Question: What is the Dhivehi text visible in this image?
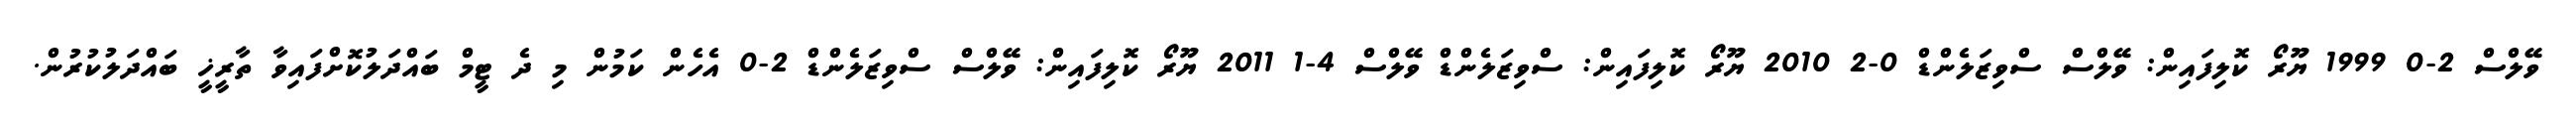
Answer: ވޭލްސް 2-0 1999 ޔޫރޯ ކޮލިފައިން: ވޭލްސް ސްވިޒަލެންޑް 0-2 2010 ޔޫރޯ ކޮލިފައިން: ސްވިޒަލެންޑް ވޭލްސް 4-1 2011 ޔޫރޯ ކޮލިފައިން: ވޭލްސް ސްވިޒަލެންޑް 2-0 އެހެން ކަމުން މި ދެ ޓީމް ބައްދަލުކޮށްފައިވާ ތާރީޚީ ބައްދަލުކުރުން.